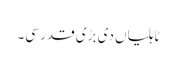
ٹاہلیاں دی بڑی قدر سی۔